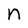
Character: n